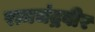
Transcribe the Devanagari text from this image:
रामचंद्रवीर